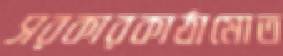
সরকারকাঠামোত